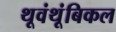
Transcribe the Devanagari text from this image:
थूवंथूंबिकल